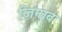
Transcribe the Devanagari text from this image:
ज़िनाब